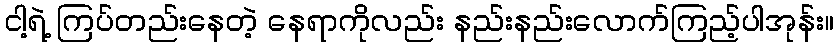
ငါ့ရဲ့ ကြပ်တည်းနေတဲ့ နေရာကိုလည်း နည်းနည်းလောက်ကြည့်ပါအုန်း။